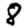
Digit: 8